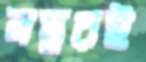
নম্বরই